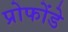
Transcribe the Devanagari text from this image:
प्रोफोंडे